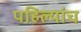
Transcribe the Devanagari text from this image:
पहिल्यांच